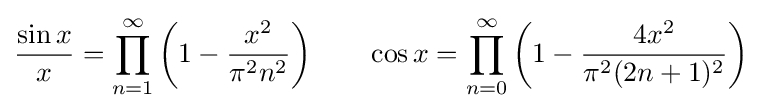
{\frac {\sin x}{x}}=\prod _{n=1}^{\infty }\left(1-{\frac {x^{2}}{\pi ^{2}n^{2}}}\right)\qquad \cos x=\prod _{n=0}^{\infty }\left(1-{\frac {4x^{2}}{\pi ^{2}(2n+1)^{2}}}\right)